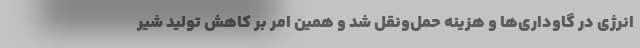
انرژی در گاوداری‌ها و هزینه حمل‌ونقل شد و همین امر بر کاهش تولید شیر